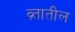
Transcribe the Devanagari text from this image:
व्र्तातील